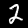
Digit: 2